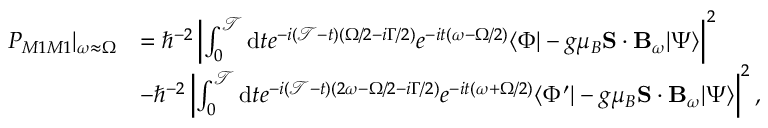
\begin{array} { r l } { P _ { M 1 M 1 } | _ { \omega \approx \Omega } } & { = \hbar ^ { - 2 } \left\vert \int _ { 0 } ^ { \mathcal { T } } \mathrm { d } t e ^ { - i ( \mathcal { T } - t ) ( \Omega / 2 - i \Gamma / 2 ) } e ^ { - i t ( \omega - \Omega / 2 ) } \langle \Phi | - g \mu _ { B } \mathbf { S } \cdot \mathbf { B } _ { \omega } | \Psi \rangle \right\vert ^ { 2 } } \\ & { - \hbar ^ { - 2 } \left\vert \int _ { 0 } ^ { \mathcal { T } } \mathrm { d } t e ^ { - i ( \mathcal { T } - t ) ( 2 \omega - \Omega / 2 - i \Gamma / 2 ) } e ^ { - i t ( \omega + \Omega / 2 ) } \langle \Phi ^ { \prime } | - g \mu _ { B } \mathbf { S } \cdot \mathbf { B } _ { \omega } | \Psi \rangle \right\vert ^ { 2 } , } \end{array}